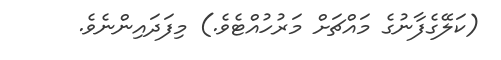
(ކަލޭގެފާނުގެ މައްޗަށް މަރުހުއްޓެވެ.) މިފަދައިންނެވެ.